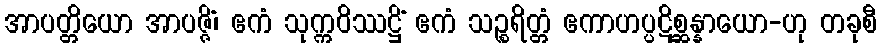
အာပတ္တိယော အာပဇ္ဇိံ၊ ဧကံ သုက္ကဝိဿဋ္ဌိံ ဧကံ သဉ္စရိတ္တံ ဧကာဟပ္ပဋိစ္ဆန္နာယော-ဟု တခုစီ